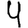
Digit: 4